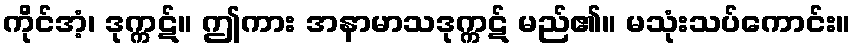
ကိုင်အံ့၊ ဒုက္ကဋ်။ ဤကား အနာမာသဒုက္ကဋ် မည်၏။ မသုံးသပ်ကောင်း။